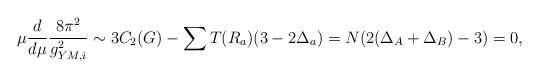
\begin{align*}\mu\frac{d}{d\mu}\frac{8\pi^2}{g_{YM,i}^2}\sim 3 C_2(G) -\sum T(R_a)(3-2\Delta_a)= N (2(\Delta_A+\Delta_B)-3)=0,\end{align*}